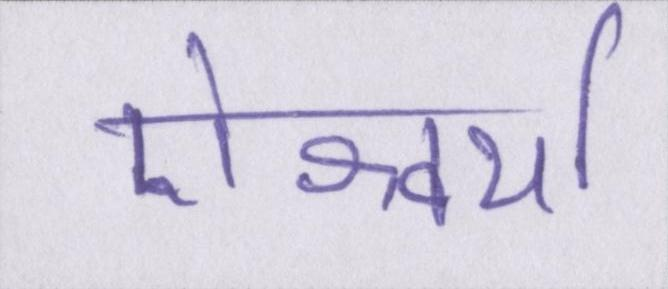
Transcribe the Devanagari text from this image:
ऐश्वर्या